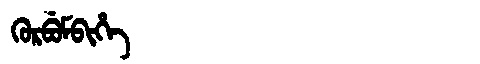
Manchu: ᡴᡠᡵᠪᡠᠮᠪᡳᡥᡝ
Romanization: KURBUMBIHE